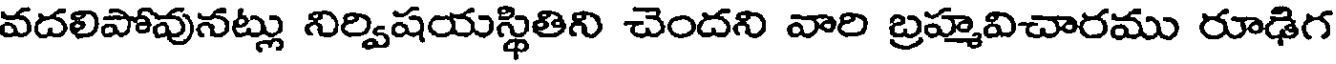
వదలిపోవునట్లు నిర్విషయస్థితిని చెందని వారి బ్రహ్మవిచారము రూఢిగ